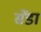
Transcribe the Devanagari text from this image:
सेंडा